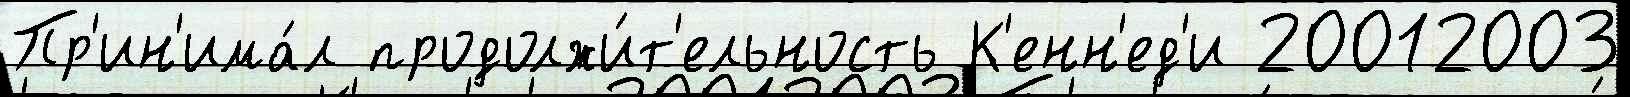
Пр'ин'има́л продолжи́т'ельность К'енн'ед'и 20012003